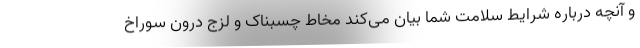
و آنچه درباره شرایط سلامت شما بیان می‌کند مخاط چسبناک و لزج درون سوراخ